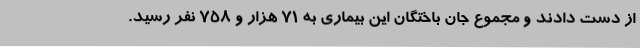
از دست دادند و مجموع جان باختگان این بیماری به ۷۱ هزار و ۷۵۸ نفر رسید.